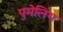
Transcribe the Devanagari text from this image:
पुमेलिंग